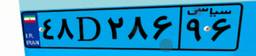
۴۸D۲۸۶۹۶